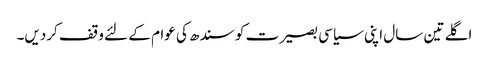
اگلے تین سال اپنی سیاسی بصیرت کو سندھ کی عوام کے لئے وقف کردیں۔